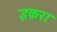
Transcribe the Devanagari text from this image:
इक़रा